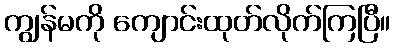
ကျွန်မကို ကျောင်းထုတ်လိုက်ကြပြီ။